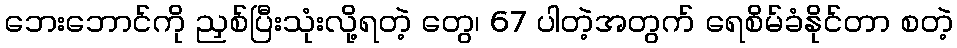
ဘေးဘောင်ကို ညှစ်ပြီးသုံးလို့ရတဲ့ တွေ၊ 67 ပါတဲ့အတွက် ရေစိမ်ခံနိုင်တာ စတဲ့